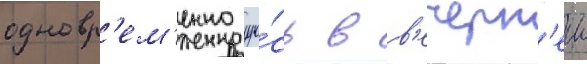
одновр'ем'енно уча́сь в в'ечерн'еи